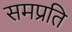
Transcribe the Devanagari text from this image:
समप्रति